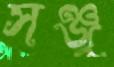
সঞ্জু